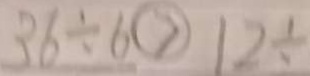
3 6 \div 6 \textcircled { > } 1 2 \div